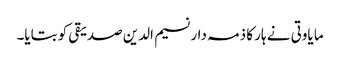
ما یاوتی نے ہار کا ذمہ دار نسیم الدین صدیقی کو بتایا۔